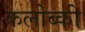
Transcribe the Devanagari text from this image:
कलोब्की